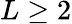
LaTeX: L\ge 2